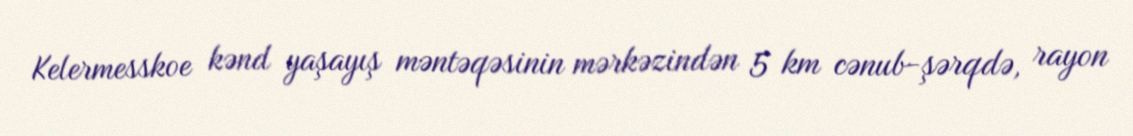
Kelermesskoe kənd yaşayış məntəqəsinin mərkəzindən 5 km cənub-şərqdə, rayon